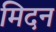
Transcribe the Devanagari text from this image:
मिदन